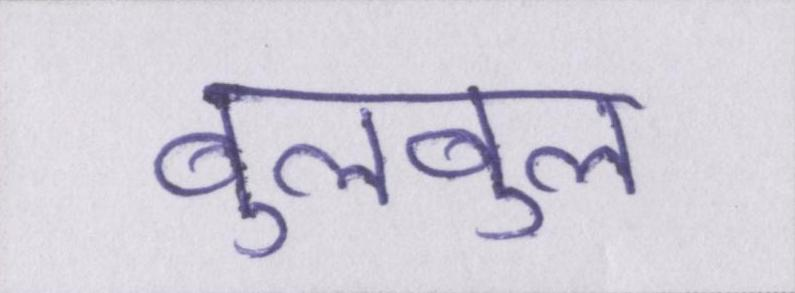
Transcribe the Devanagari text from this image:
बुलबुल